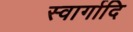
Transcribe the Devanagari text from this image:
स्वार्गादि